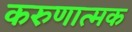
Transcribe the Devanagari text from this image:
करुणात्मक